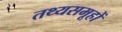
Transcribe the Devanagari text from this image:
तथ्यसमूहों